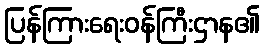
ပြန်ကြားရေးဝန်ကြီးဌာန၏